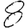
Digit: 8